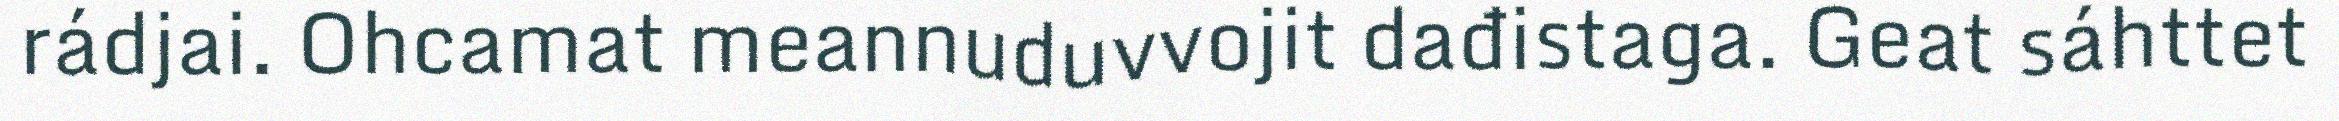
rádjai. Ohcamat meannuduvvojit dađistaga. Geat sáhttet